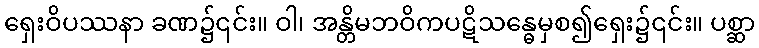
ရှေးဝိပဿနာ ခဏ၌၎င်း။ ဝါ၊ အန္တိမဘဝိကပဋိသန္ဓေမှစ၍ရှေး၌၎င်း။ ပစ္ဆာ